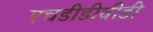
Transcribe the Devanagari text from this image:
एचडीडीवीडी